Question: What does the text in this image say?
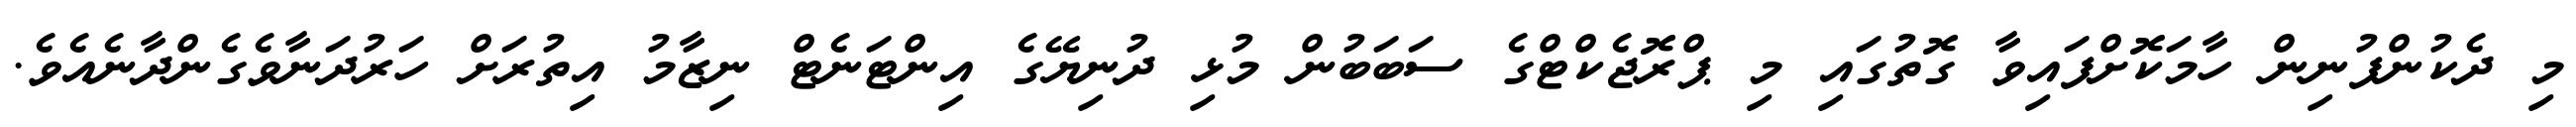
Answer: މި ދެކުންފުނިން ހާމަކޮށްފައިވާ ގޮތުގައި މި ޕްރޮޖެކްޓްގެ ސަބަބުން މުޅި ދުނިޔޭގެ އިންޓަނެޓް ނިޒާމު އިތުރަށް ހަރުދަނާވެގެންދާނެއެވެ.